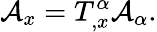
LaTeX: {\cal A}_{x}=T_{,x}^{\alpha}{\cal A}_{\alpha}.